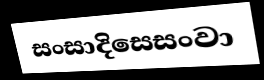
සංසාදිසෙසංවා